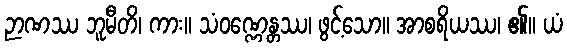
ဉာဏဿ ဘူမီတိ၊ ကား။ သံဝဏ္ဏေန္တဿ၊ ဖွင့်သော။ အာစရိယဿ၊ ၏။ ယံ